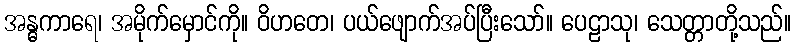
အန္ဓကာရေ၊ အမိုက်မှောင်ကို။ ဝိဟတေ၊ ပယ်ဖျောက်အပ်ပြီးသော်။ ပေဠာသု၊ သေတ္တာတို့သည်။